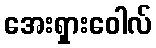
အေးရှားဝေါလ်